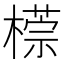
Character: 𣛂